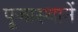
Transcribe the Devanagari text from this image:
पूजास्थानें